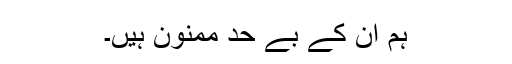
ہم ان کے بے حد ممنون ہیں۔